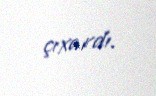
çıxardı.